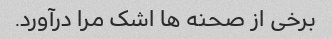
برخی از صحنه ها اشک مرا درآورد.